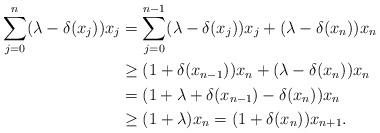
LaTeX: \begin{align*}\begin{aligned}\sum_{j=0}^{n}(\lambda-\delta(x_j))x_j&=\sum_{j=0}^{n-1}(\lambda-\delta(x_j))x_j + (\lambda-\delta(x_n)) x_n\\ &\geq (1+\delta(x_{n-1}))x_n+ (\lambda-\delta(x_n)) x_n\\ &= (1+\lambda+\delta(x_{n-1})-\delta(x_n)) x_n\\ &\geq(1+\lambda)x_n= (1+\delta(x_n))x_{n+1}.\end{aligned}\end{align*}